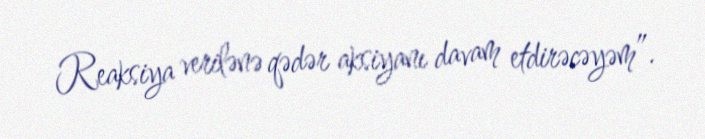
Reaksiya verilənə qədər aksiyanı davam etdirəcəyəm”.